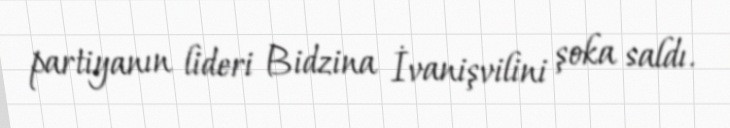
partiyanın lideri Bidzina İvanişvilini şoka saldı.